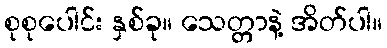
စုစုပေါင်း နှစ်ခု။ သေတ္တာနဲ့ အိတ်ပါ။